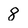
Character: 8